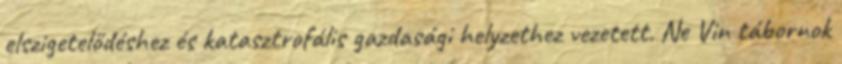
elszigetelődéshez és katasztrofális gazdasági helyzethez vezetett. Ne Vin tábornok